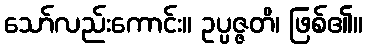
သော်လည်းကောင်း။ ဥပ္ပဇ္ဇတိ၊ ဖြစ်၏။